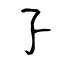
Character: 孒